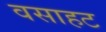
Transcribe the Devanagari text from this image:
वसाहट